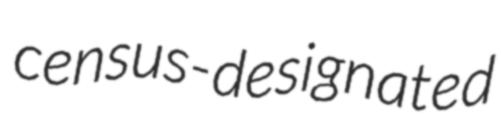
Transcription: census-designated